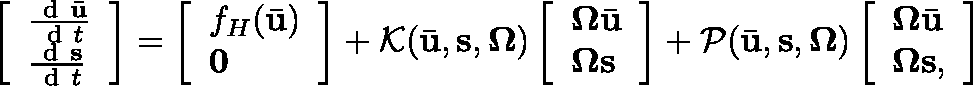
\left[ \begin{array} { l } { \frac { \mathrm { ~ d ~ } \bar { \mathbf { u } } } { \mathrm { ~ d ~ } t } } \\ { \frac { \mathrm { ~ d ~ } \mathbf { s } } { \mathrm { ~ d ~ } t } } \end{array} \right] = \left[ \begin{array} { l } { f _ { H } ( \bar { \mathbf { u } } ) } \\ { \mathbf { 0 } } \end{array} \right] + \mathcal { K } ( \bar { \mathbf { u } } , \mathbf { s } , \mathbf { \Omega } ) \left[ \begin{array} { l } { \boldsymbol { \Omega } \bar { \mathbf { u } } } \\ { \boldsymbol { \Omega } \mathbf { s } } \end{array} \right] + \mathcal { P } ( \bar { \mathbf { u } } , \mathbf { s } , \mathbf { \Omega } ) \left[ \begin{array} { l } { \boldsymbol { \Omega } \bar { \mathbf { u } } } \\ { \boldsymbol { \Omega } \mathbf { s } , } \end{array} \right]